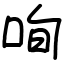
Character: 咰